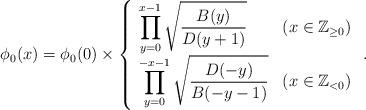
LaTeX: \begin{align*} \phi_0(x)=\phi_0(0)\times\left\{ \begin{array}{ll} {\displaystyle\prod_{y=0}^{x-1}\sqrt{\frac{B(y)}{D(y+1)}}} &(x\in\mathbb{Z}_{\geq 0})\\ {\displaystyle\prod_{y=0}^{-x-1}\sqrt{\frac{D(-y)}{B(-y-1)}}} &(x\in\mathbb{Z}_{<0}) \end{array}\right.. \end{align*}